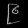
Digit: ၉